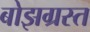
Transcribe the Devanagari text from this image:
बोझग्रस्त